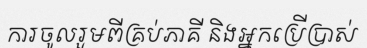
ការចូលរួមពីគ្រប់ភាគី និងអ្នកប្រើប្រាស់